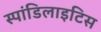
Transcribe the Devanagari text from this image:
स्पांडिलाइटिस